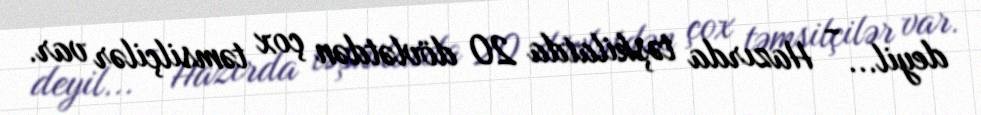
deyil... - Hazırda təşkilatda 20 dövlətdən çox təmsilçilər var.